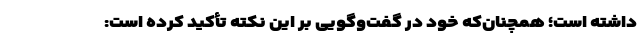
داشته است؛ همچنان‌که خود در گفت‌وگویی بر این نکته تأکید کرده است: